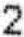
2